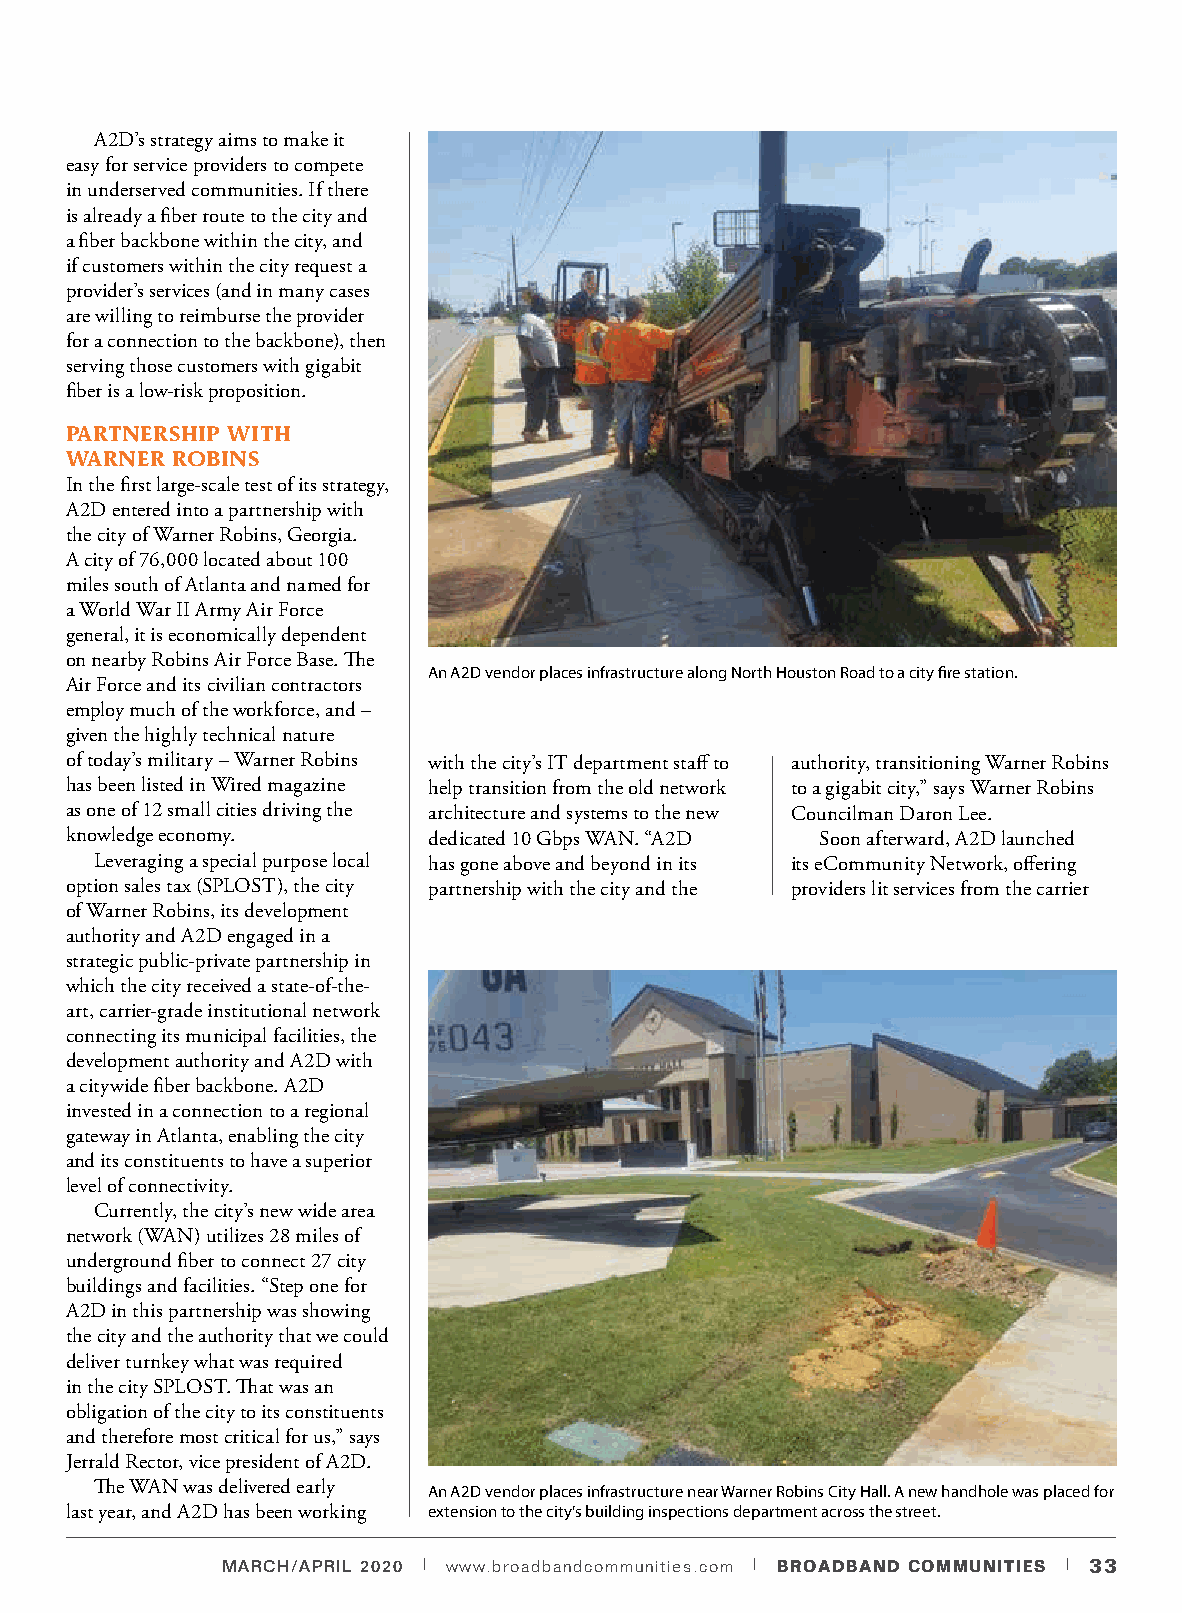
A2D’s strategy aims to make it
 easy for service providers to compete
 in underserved communities. If there
 is already a fiber route to the city and
 a fiber backbone within the city, and
 if customers within the city request a
 provider’s services (and in many cases
 are willing to reimburse the provider
 for a connection to the backbone), then
 serving those customers with gigabit
 fiber is a low-risk proposition.
 PARTNERSHIP WITH
 WARNER ROBINS
 In the first large-scale test of its strategy,
 A2D entered into a partnership with
 the city of Warner Robins, Georgia.
 A city of 76,000 located about 100
 miles south of Atlanta and named for
 a World War II Army Air Force
 general, it is economically dependent
 on nearby Robins Air Force Base. The
 An A2D vendor places infrastructure along North Houston Road to a city fire station.
 Air Force and its civilian contractors
 employ much of the workforce, and –
 given the highly technical nature
 of today’s military – Warner Robins with the city’s IT department staff to authority, transitioning Warner Robins
 has been listed in Wired magazine help transition from the old network to a gigabit city,” says Warner Robins
 as one of 12 small cities driving the architecture and systems to the new Councilman Daron Lee.
 knowledge economy.      dedicated 10 Gbps WAN. “A2D Soon afterward, A2D launched
 Leveraging a special purpose local has gone above and beyond in its its eCommunity Network, offering
 option sales tax (SPLOST), the city partnership with the city and the providers lit services from the carrier
 of Warner Robins, its development
 authority and A2D engaged in a
 strategic public-private partnership in
 which the city received a state-of-the-
 art, carrier-grade institutional network
 connecting its municipal facilities, the
 development authority and A2D with
 a citywide fiber backbone. A2D
 invested in a connection to a regional
 gateway in Atlanta, enabling the city
 and its constituents to have a superior
 level of connectivity.
 Currently, the city’s new wide area
 network (WAN) utilizes 28 miles of
 underground fiber to connect 27 city
 buildings and facilities. “Step one for
 A2D in this partnership was showing
 the city and the authority that we could
 deliver turnkey what was required
 in the city SPLOST. That was an
 obligation of the city to its constituents
 and therefore most critical for us,” says
 Jerrald Rector, vice president of A2D.
 The WAN was delivered early An A2D vendor places infrastructure near Warner Robins City Hall. A new handhole was placed for
 last year, and A2D has been working extension to the city’s building inspections department across the street.
 MARCH/APRIL 2020 | www.broadbandcommunities.com | BROADBAND COMMUNITIES | 33